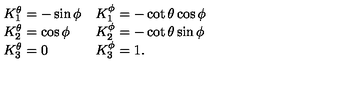
\begin{array} { l l } { K _ { 1 } ^ { \theta } = - \sin \phi } & { K _ { 1 } ^ { \phi } = - \cot \theta \cos \phi } \\ { K _ { 2 } ^ { \theta } = \cos \phi } & { K _ { 2 } ^ { \phi } = - \cot \theta \sin \phi } \\ { K _ { 3 } ^ { \theta } = 0 } & { K _ { 3 } ^ { \phi } = 1 . } \\ \end{array}